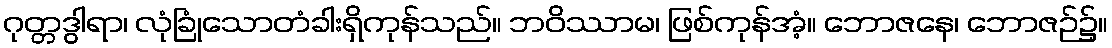
ဂုတ္တဒွါရာ၊ လုံခြုံသောတံခါးရှိကုန်သည်။ ဘဝိဿာမ၊ ဖြစ်ကုန်အံ့။ ဘောဇနေ၊ ဘောဇဉ်၌။